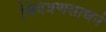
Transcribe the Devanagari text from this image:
नियंत्रणसाधने